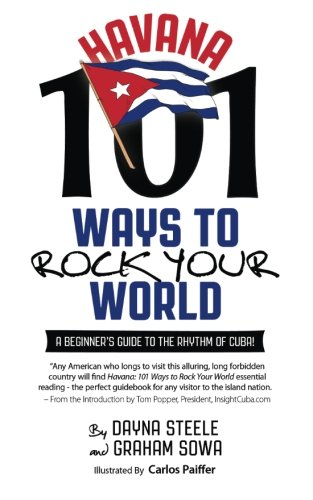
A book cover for Havana: 101 Ways to Rock Your World; Dayna Steele; Travel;